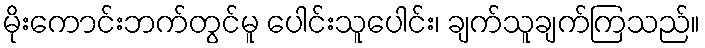
မိုးကောင်းဘက်တွင်မူ ပေါင်းသူပေါင်း၊ ချက်သူချက်ကြသည်။